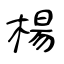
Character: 楊